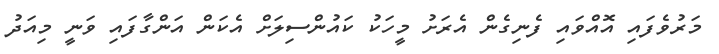
މަރުވެފައި އޮއްވައި ފެނިގެން އެރަށު މީހަކު ކައުންސިލަށް އެކަން އަންގާފައި ވަނީ މިއަދު